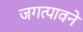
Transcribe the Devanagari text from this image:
जगत्पावने